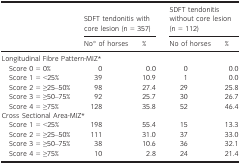
<table><thead><tr><td rowspan="2"></td><td colspan="2"><b>SDFT tendonitis with core lesion (n = 357)</b></td><td colspan="2"><b>SDFT tendonitis without core lesion (n = 112)</b></td></tr><tr><td><b>No° of horses</b></td><td><b>%</b></td><td><b>No of horses</b></td><td><b>%</b></td></tr></thead><tbody><tr><td colspan="4">Longitudinal Fibre Pattern‐MIZa</td><td></td></tr><tr><td>Score 0 = 0%</td><td>0</td><td>0.0</td><td>0</td><td>0.0</td></tr><tr><td>Score 1 = &lt;25%</td><td>39</td><td>10.9</td><td>1</td><td>0.0</td></tr><tr><td>Score 2 = ≥25–50%</td><td>98</td><td>27.4</td><td>29</td><td>25.8</td></tr><tr><td>Score 3 = ≥50–75%</td><td>92</td><td>25.7</td><td>30</td><td>26.7</td></tr><tr><td>Score 4 = ≥75%</td><td>128</td><td>35.8</td><td>52</td><td>46.4</td></tr><tr><td colspan="4">Cross Sectional Area‐MIZa</td><td></td></tr><tr><td>Score 1 = &lt;25%</td><td>198</td><td>55.4</td><td>15</td><td>13.3</td></tr><tr><td>Score 2 = ≥25–50%</td><td>111</td><td>31.0</td><td>37</td><td>33.0</td></tr><tr><td>Score 3 = ≥50–75%</td><td>38</td><td>10.6</td><td>36</td><td>32.1</td></tr><tr><td>Score 4 = ≥75%</td><td>10</td><td>2.8</td><td>24</td><td>21.4</td></tr></tbody></table>